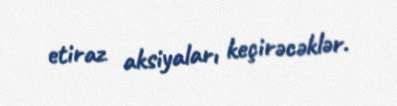
etiraz aksiyaları keçirəcəklər.